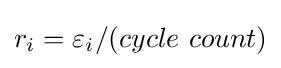
{{r}_{i}}={{\varepsilon }_{i}}/(cycle{\text{ }}count)